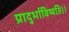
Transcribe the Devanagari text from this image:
प्रादुर्भाविष्यति।।